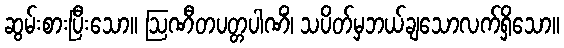
ဆွမ်းစားပြီးသော။ ဩဏီတပတ္တပါဏိံ၊ သပိတ်မှဘယ်ချသောလက်ရှိသော။